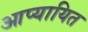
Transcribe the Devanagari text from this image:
आप्यायित